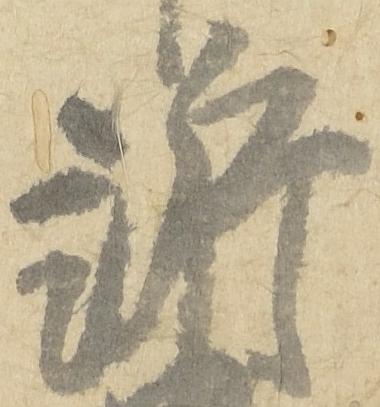
訴